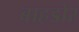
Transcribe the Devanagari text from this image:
बाहडोर